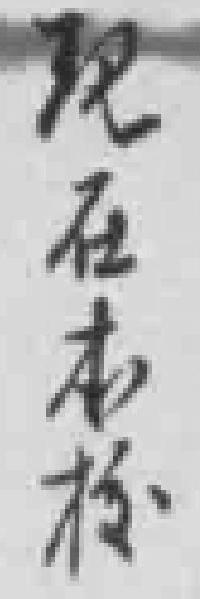
批在本校